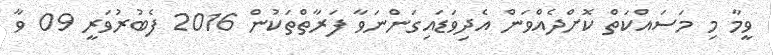
ވީމާ މި މަސައްކަތް ކޮށްދެއްވަން އެދިވަޑައިގަންނަވާ ފަރާތްތަކުން 2016 ފެބުރުވަރީ 09 ވާ